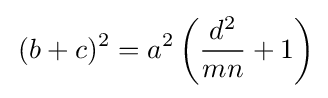
\,(b+c)^{2}=a^{2}\left({\frac {d^{2}}{mn}}+1\right)